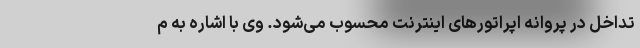
تداخل در پروانه اپراتورهای اینترنت محسوب می‌شود. وی با اشاره به م